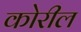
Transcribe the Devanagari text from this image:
कोरील